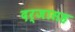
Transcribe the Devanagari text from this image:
दर्जासह